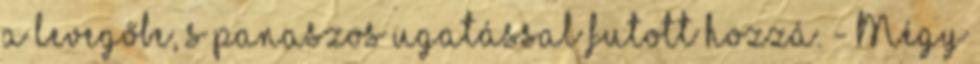
a levegőbe, s panaszos ugatással futott hozzá. - Mégy